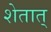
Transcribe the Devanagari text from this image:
शेतात्